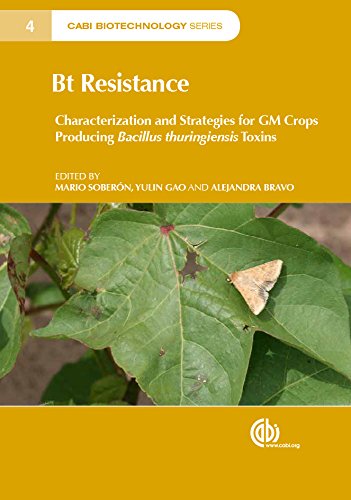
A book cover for Bt Resistance: Characterization and Strategies for GM Crops Expressing Bacillus thuringiensis Toxins (CABI Biotechnology Series); Science & Math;